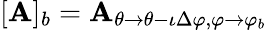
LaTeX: [\mathbf{A}]_{b}=\mathbf{A}_{\theta\rightarrow\theta-\iota\Delta\varphi,\varphi\rightarrow\varphi_{b}}